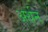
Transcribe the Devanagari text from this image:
अर्थन